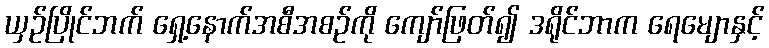
ယှဉ်ပြိုင်ဘက် ရှေ့နောက်အစီအစဉ်ကို ကျော်ဖြတ်၍ ဒရိုင်ဘာက ရေမျောနှင့်